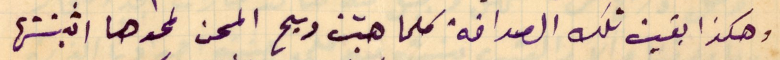
وهكذا بقيت تلك الصداقة كلما هبّت ريح المحن لمحوها اثبتتها